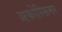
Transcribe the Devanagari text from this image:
अफोरिसमर